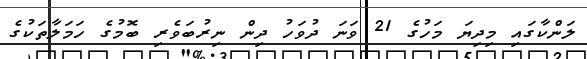
ލަންކާގައި މިދިޔަ މަހުގެ 21 ވަނަ ދުވަހު ދިން ނިރުބަވެރި ބޮމުގެ ހަމަލާތަކުގެ